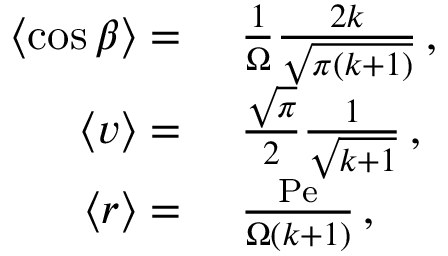
\begin{array} { r l } { \left\langle \cos \beta \right\rangle = } & { \ \frac { 1 } { \Omega } \frac { 2 k } { \sqrt { \pi ( k + 1 ) } } \, , } \\ { \left\langle v \right\rangle = } & { \ \frac { \sqrt { \pi } } { 2 } \frac { 1 } { \sqrt { k + 1 } } \, , } \\ { \left\langle r \right\rangle = } & { \ \frac { \mathrm { P e } } { \Omega ( k + 1 ) } \, , } \end{array}